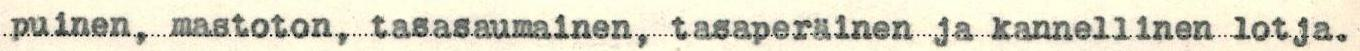
puinen, mastoton, tasasaumainen, tasaperäinen ja kannellinen lotja.